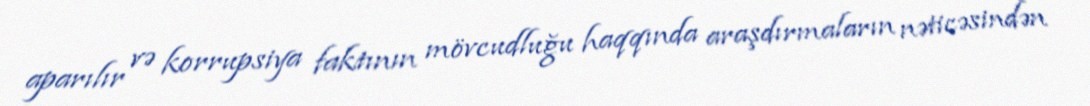
aparılır və korrupsiya faktının mövcudluğu haqqında araşdırmaların nəticəsindən